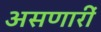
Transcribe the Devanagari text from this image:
असणारीं